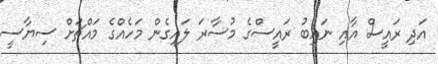
އަދި ރައީސް އާއި ނައިބު ރައީސްގެ މުސާރަ ލައިގެން މަހެއްގެ މައްޗަށް ސިޔާސީ